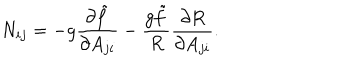
N _ { i j } = - g { \frac { \partial \tilde { f } } { \partial A _ { j i } } } - { \frac { g \tilde { f } } { R } } { \frac { \partial R } { \partial A _ { j i } } } .